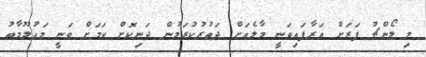
މި ލޯންޗު ފަރަށް އަރާފައިވަނީ މާލެއަށް ދަތުރުކުރަމުން ދަނިކޮށް ކަމަށް ވަނީ މައުލޫމާތު